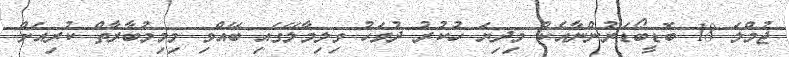
ޖުމްލަ 18 ބޮޑީބޯޑަރުންނާއެކު މިދިޔަ ހުކުރު ދުވަހު ވިލިމާލޭގައި ބޭއްވި މިމިމުބާރާތް ކުރިއަށް